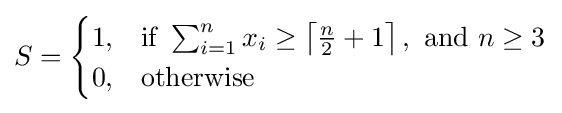
S={\begin{cases}1,&{\text{if }}\sum _{i=1}^{n}x_{i}\geq \left\lceil {\frac {n}{2}}+1\right\rceil ,{\text{ and }}n\geq 3\\0,&{\text{otherwise}}\end{cases}}